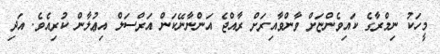
މީހަކު ނިމްރާގެ ކައިވެންޏަށް ވާންވާއިރަށް ރާއްޖެ އަންނާނޭކަން އަރްސަލް އިޢުލާން ކުރިއެވެ. އަދި